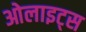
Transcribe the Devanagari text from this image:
ओलाइट्स